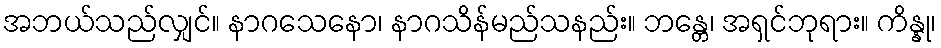
အဘယ်သည်လျှင်။ နာဂသေနော၊ နာဂသိန်မည်သနည်း။ ဘန္တေ၊ အရှင်ဘုရား။ ကိန္နု၊